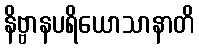
နိဗ္ဗာနပရိယောသာနာတိ